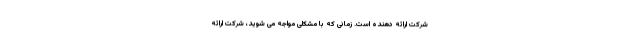
شرکت ارائه دهنده است. زمانی که با مشکلی مواجه می شوید، شرکت ارائه